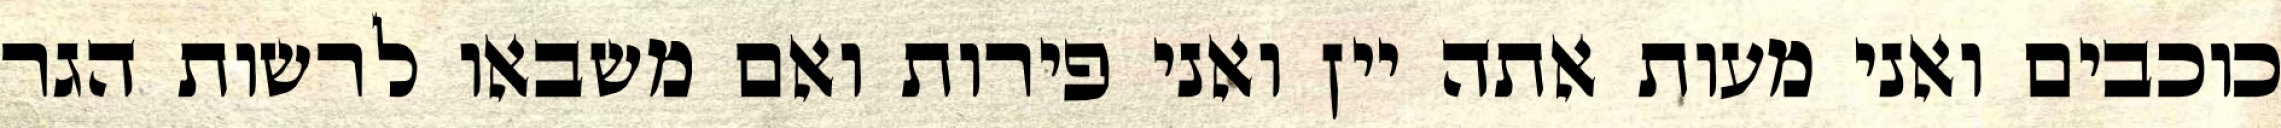
כוכבים ואני מעות אתה יין ואני פירות ואם משבאו לרשות הגר